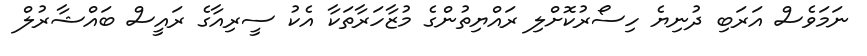
ނަމަވެސް އަރަބި ދުނިޔެ ހިސޯރުކޮށްލި ރައްޔިތުންގެ މުޒާހަރާތަކާ އެކު ސީރިއާގެ ރައީސް ބައްޝާރުލް